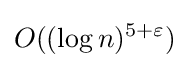
O((\log n)^{5+\varepsilon })